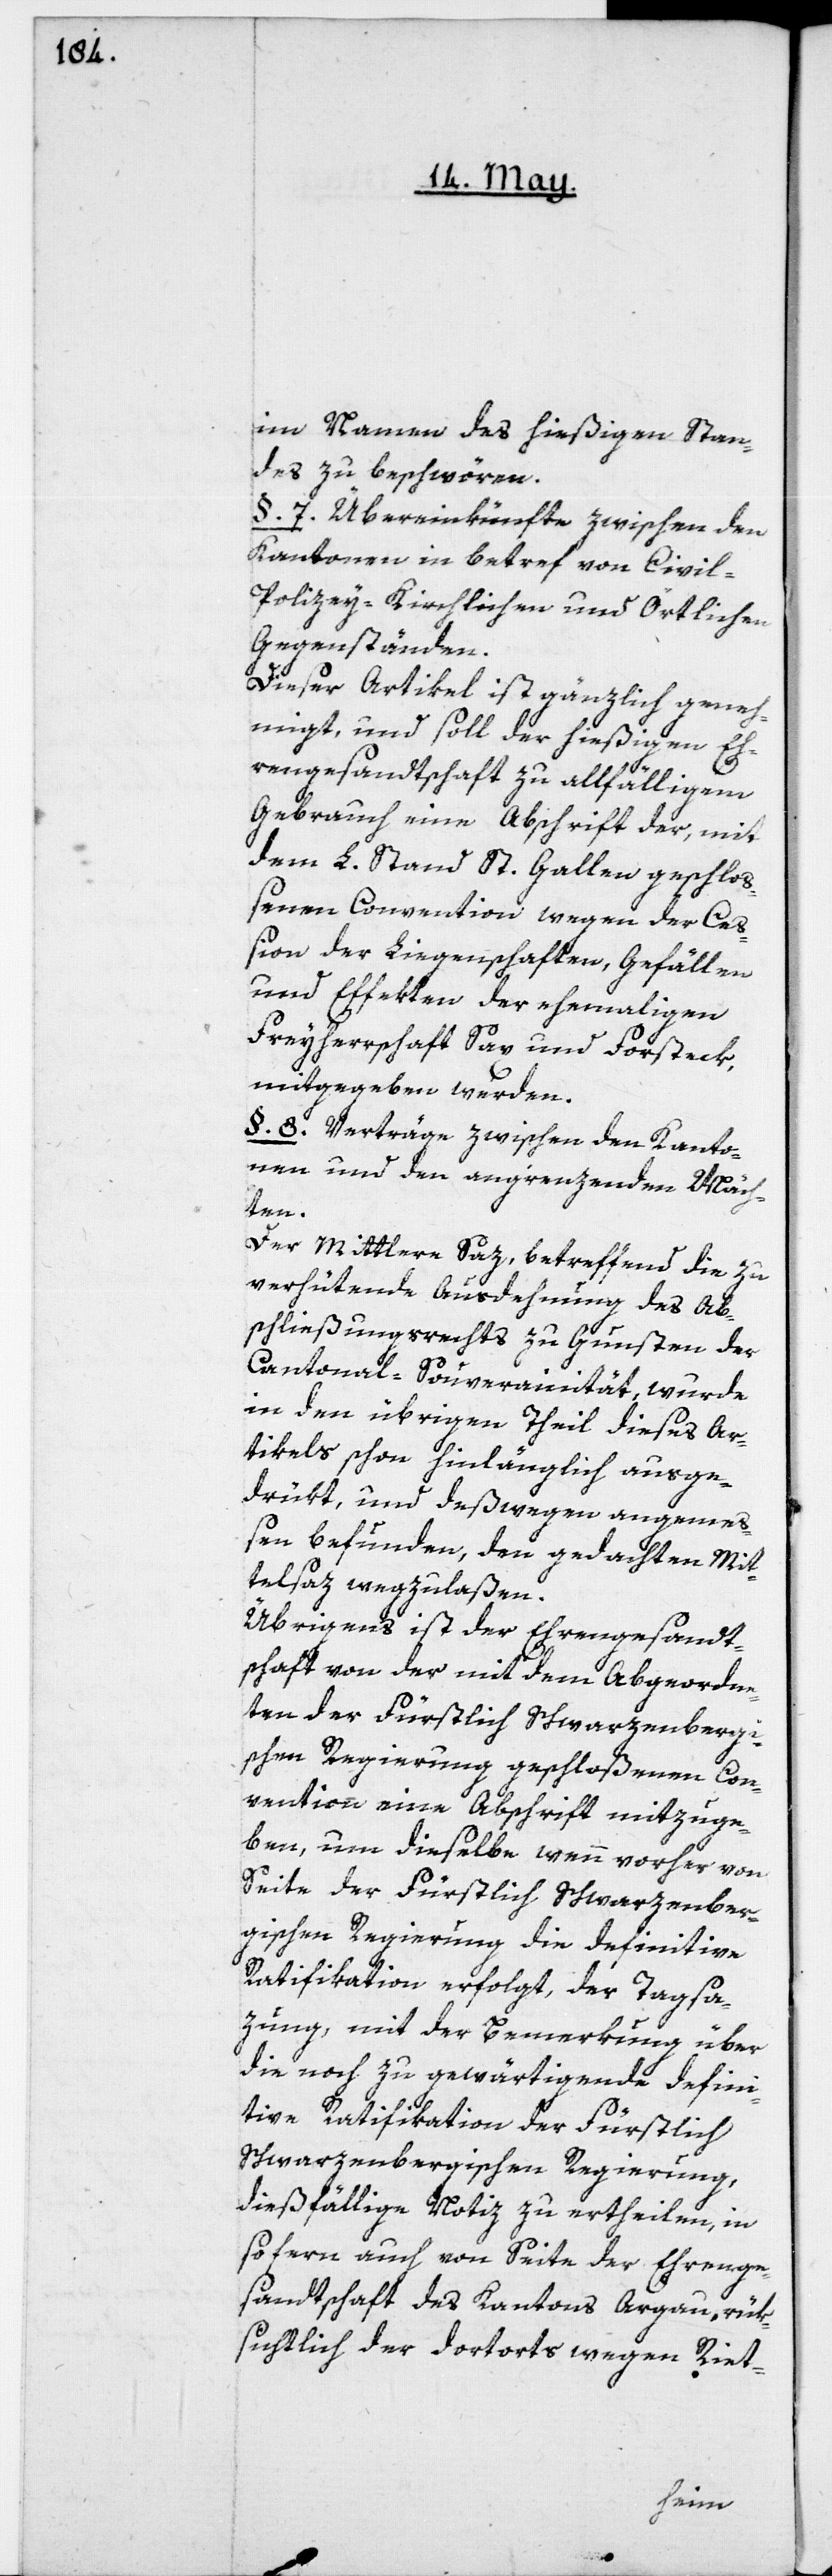
im Namen des hießigen Stan¬
des zu beschwören.
§. 7. Übereinkünfte zwischen den
Kantonen in betref von Civil-[,]
Polizey-[,] kirchlichen und örtlichen
Gegenständen.
Dieser Artikel ist gänzlich geneh¬
migt, und soll der hießigen Eh¬
rengesandtschaft zu allfälligem
Gebrauch eine Abschrift der, mit
dem L. Stand St. Gallen geschloß¬
enen Convention wegen der Ceß¬
ion der Liegenschaften, Gefällen
und Effekten der ehemaligen
Freyherrschaft Sax und Forsteck,
mitgegeben werden.
§. 8. Verträge zwischen den Kanto¬
nen und den angrenzenden Mäch¬
ten.
Der Mittlere Satz, betreffend die zu
verhütende Ausdehnung des Ab¬
schließungsrechts zu Gunsten der
Cantonal-Souverainität, wurde
in den übrigen Theil dieses Ar¬
tikels schon hinlänglich ausge¬
drükt, und deßwegen angemeß¬
en befunden, den gedachten Mit¬
telsaz wegzulaßen.
Übrigens ist der Ehrengesandt¬
schaft von der mit dem Abgeordne¬
ten der Fürstlich Schwarzenbergi¬
schen Regierung geschloßenen Con¬
vention eine Abschrift mitzuge¬
ben, um dieselbe, wenn vorher von
Seite der Fürstlich Schwarzenber¬
gischen Regierung die definitive
Ratifikation erfolgt, der Tagsa¬
zung, mit der Bemerkung über
die noch zu gewärtigende defini¬
tive Ratifikation der Fürstlich
Schwarzenbergischen Regierung,
dießfällige Notiz zu ertheilen, in
so fern auch von Seite der Ehrenge¬
sandtschaft des Kantons Argau, rük¬
sichtlich der dortorts wegen Riet-